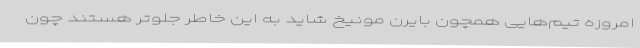
امروزه تیم‌هایی همچون بایرن مونیخ شاید به این خاطر جلوتر هستند چون